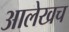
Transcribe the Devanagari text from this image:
अालेखच